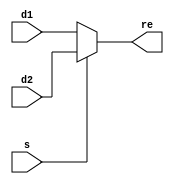
`timescale 1ns / 1ps

module mux2 #(parameter WIDTH = 8)
(
	input [WIDTH-1:0]d1,d2,
	input s,
	output [WIDTH-1:0]re
);

assign re = s ? d2 : d1;

endmodule


module mux3 #(parameter WIDTH = 8)
(
	input [WIDTH-1:0]d0,d1,d2,
	input [1:0]s,
	output [WIDTH-1:0]re
);

assign re = s[1] ? d2 : (s[0] ? d1 : d0);

endmodule